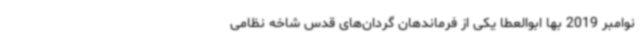
نوامبر 2019 بها ابوالعطا یکی از فرماندهان گردان‌های قدس شاخه نظامی